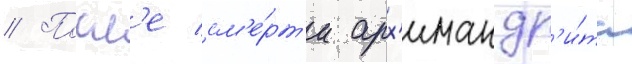
// Посл'е см'е́рт'и арх'имандр'и́та